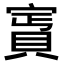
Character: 𧶎